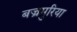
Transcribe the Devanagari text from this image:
बज्रमुरिया